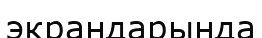
экрандарында